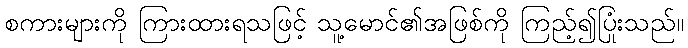
စကားများကို ကြားထားရသဖြင့် သူ့မောင်၏အဖြစ်ကို ကြည့်၍ပြုံးသည်။